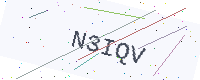
Text: N3IQV